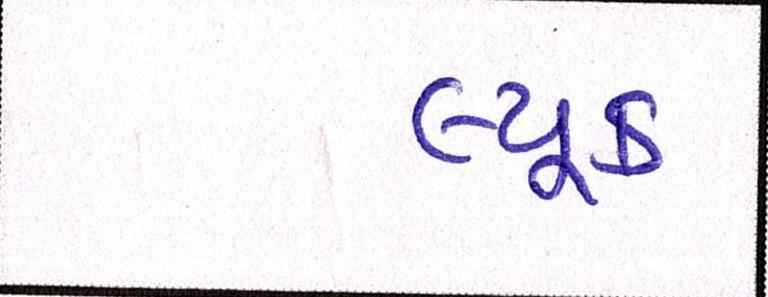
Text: લ્યૂક